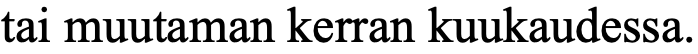
tai muutaman kerran kuukaudessa.